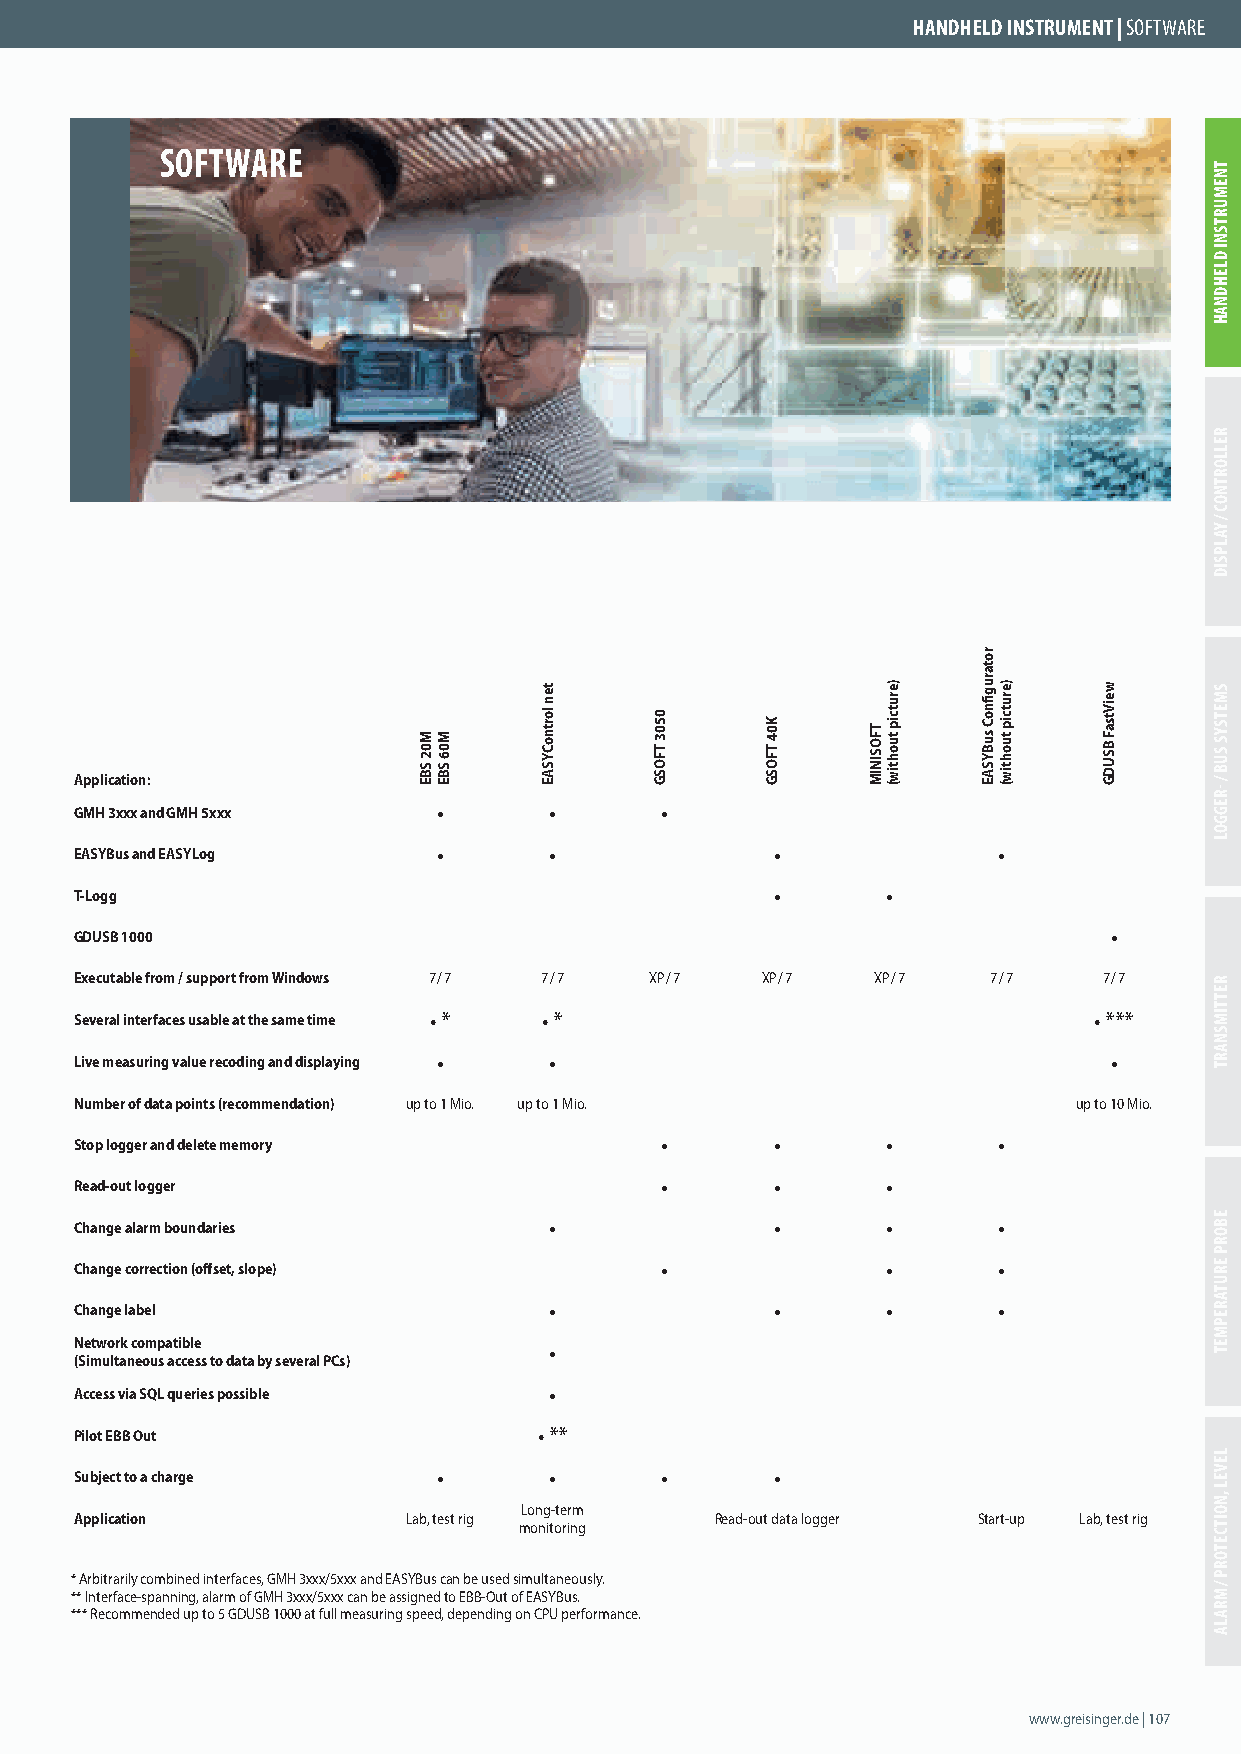
HANDHELD INSTRUMENT | SOFTWARE
 SOFTWARE
 Application:
 GMH 3xxx and GMH 5xxx   •      •       •
 EASYBus and EASYLog     •      •              •              •
 T-Logg                                        •       •
 GDUSB 1000                                                          •
 Executable from / support from Windows 7 / 7 7 / 7 XP / 7 XP / 7 XP / 7 7 / 7 7 / 7
 Several interfaces usable at the same time • * • *                 • ***
 Live measuring value recoding and displaying • •                    •
 Number of data points (recommendation) up to 1 Mio. up to 1 Mio.  up to 10 Mio.
 Stop logger and delete memory          •      •       •      •
 Read-out logger                        •      •       •
 Change alarm boundaries        •              •       •      •
 Change correction (off set, slope)     •              •      •
 Change label                   •              •       •      •
 Network compatible             •
 (Simultaneous access to data by several PCs)
 Access via SQL queries possible •
 Pilot EBB Out                  • **
 Subject to a charge     •      •       •      •
 Long-term
 Application           Lab, test rig       Read-out data logger Start-up Lab, test rig
 monitoring
 * Arbitrarily combined interfaces, GMH 3xxx/5xxx and EASYBus can be used simultaneously.
 ** Interface-spanning, alarm of GMH 3xxx/5xxx can be assigned to EBB-Out of EASYBus.
 *** Recommended up to 5 GDUSB 1000 at full measuring speed, depending on CPU performance.
 www.greisinger.de | 107
 M02
 SBE
 M06
 SBE
 ten
 lortnoCYSAE 0503
 TFOSG
 K04
 TFOSG
 TFOSINIM
 )erutcip
 tuohtiw(
 rotarugfi
 noC
 suBYSAE
 )erutcip
 tuohtiw(
 weiVtsaF
 BSUDG
 TNEMURTSNI
 DLEHDNAH
 RELLORTNOC
 /
 YALPSID
 SMETSYS
 SUB
 /
 -REGGOL
 RETTIMSNART
 EBORP
 ERUTAREPMET
 LEVEL
 ,NOITCETORP
 /
 MRALA